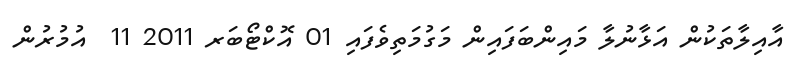
އާއިލާތަކުން އަޅާނުލާ މައިންބަފައިން މަގުމަތިވެފައި 01 އޮކްޓޯބަރ 2011 11  އުމުރުން